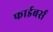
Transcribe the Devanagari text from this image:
फाईबर्स